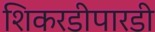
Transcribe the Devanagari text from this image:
शिकरडीपारडी